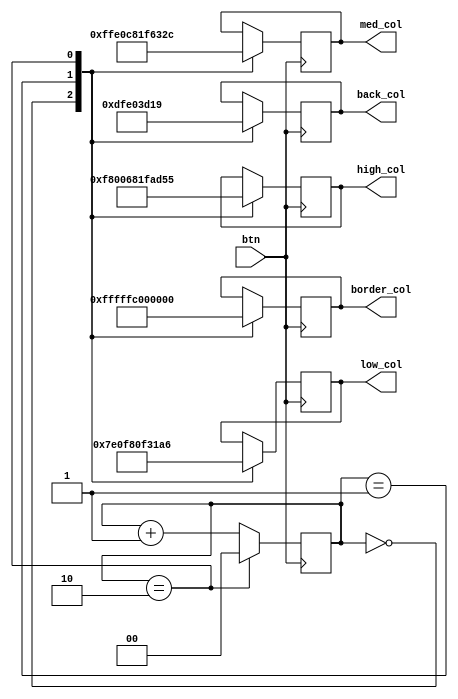
`timescale 1ns / 1ps

module theme_selection(
    input btn,
    output reg [15:0] back_col, 
    output reg [15:0] low_col, 
    output reg [15:0] med_col, 
    output reg [15:0] high_col, 
    output reg [15:0] border_col
    );
    
    reg [1:0] theme = 0;
    
    always @ (posedge btn) begin
        theme <= (theme == 2) ? 0 : theme + 1;
        
        case (theme) 

            0:  begin 
                    back_col <= 16'h0000;    // black
                    low_col <= 16'h07E0;     // green
                    med_col <= 16'hFFE0;     // yellow
                    high_col <= 16'hF800;    // green
                    border_col <= 16'hFFFF;  // white
                end

            1: begin
                    back_col = 16'hDFE0;    // yellow
                    low_col = 16'hF80F;     // blue
                    med_col = 16'hC81F;     // teal
                    high_col = 16'h681F;    // green
                    border_col = 16'hFC00;  // blue
               end
            
            2: begin
                    back_col = 16'h3D19;    // blue
                    low_col = 16'h31A6;     // dark grey
                    med_col = 16'h632C;     // grey
                    high_col = 16'hAD55;    // light grey
                    border_col = 16'h0000;  // black
               end
        endcase
    end
endmodule